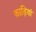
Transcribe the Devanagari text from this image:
काड़ियां